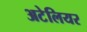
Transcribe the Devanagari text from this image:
अटेलियर